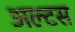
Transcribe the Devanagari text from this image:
अल्टस